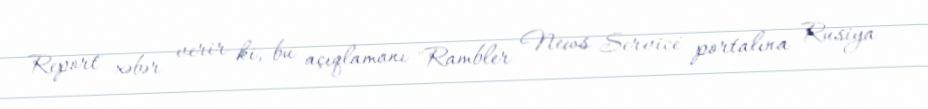
Report" xəbər verir ki, bu açıqlamanı "Rambler News Service" portalına Rusiya